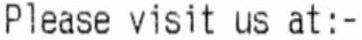
PLEASE VISIT US AT:-